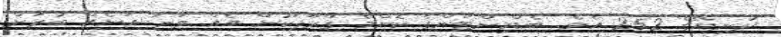
ދުނިޔޭގެ 252 އެވެ. ބެޑްމިންޓަންގެ ކޮންމެ ގްރޫޕަކުން އެއް ވަނަ އަނެއް ބުރަށް